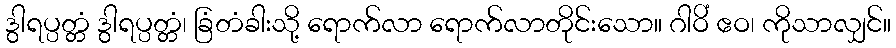
ဒွါရပ္ပတ္တံ ဒွါရပ္ပတ္တံ၊ ခြံတံခါးသို့ ရောက်လာ ရောက်လာတိုင်းသော။ ဂါဝိံ ဧဝ၊ ကိုသာလျှင်။